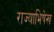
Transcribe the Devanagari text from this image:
राज्याभिषेख